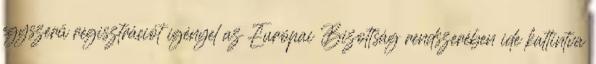
egyszerű regisztrációt igényel az Európai Bizottság rendszerében ide kattintva